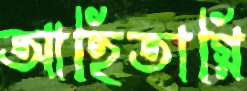
আহিতাগ্নি